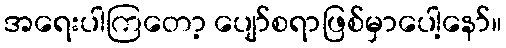
အရေးပါကြတော့ ပျော်စရာဖြစ်မှာပေါ့နော်။